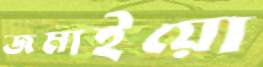
জমাইয়ো